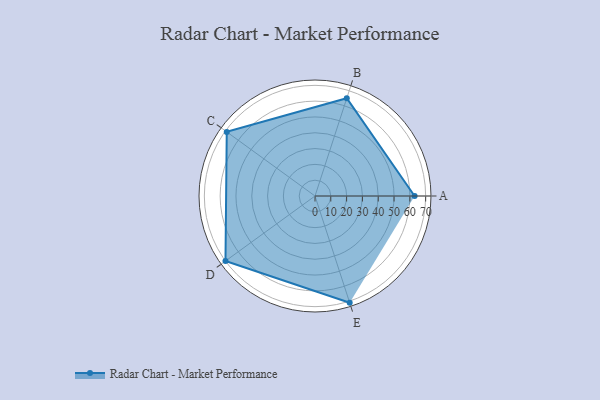
{"axis": {"x": "Skill", "y": "Score"}, "legend": ["Profile"], "data": [{"x": "A", "y": 63.0, "type": "Profile"}, {"x": "B", "y": 65.0, "type": "Profile"}, {"x": "C", "y": 69.0, "type": "Profile"}, {"x": "D", "y": 70.0, "type": "Profile"}, {"x": "E", "y": 71.0, "type": "Profile"}]}